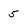
Character: 5